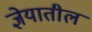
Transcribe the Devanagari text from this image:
ज्ञेयातील